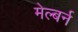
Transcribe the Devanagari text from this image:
मेल्बर्न